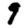
Digit: 9